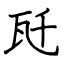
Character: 瓩